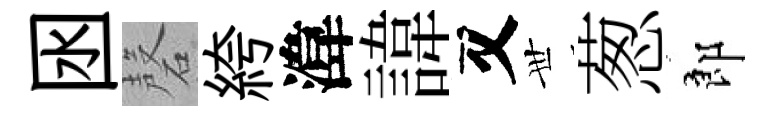
囦磬絝湋諱又𠀍葱郎